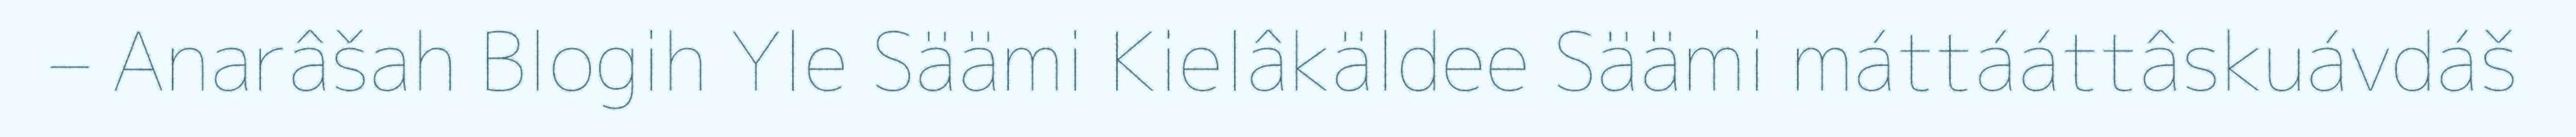
– Anarâšah Blogih Yle Säämi Kielâkäldee Säämi máttááttâskuávdáš